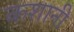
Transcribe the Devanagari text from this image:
कशानी